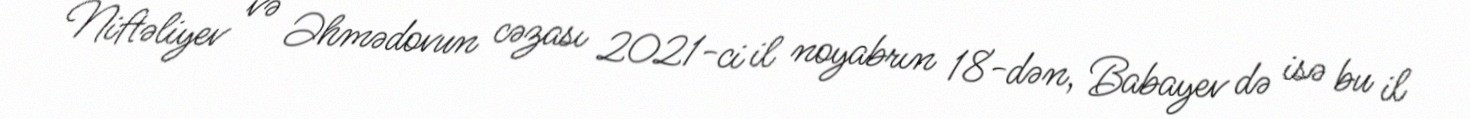
Niftəliyev və Əhmədovun cəzası 2021-ci il noyabrın 18-dən, Babayev də isə bu il